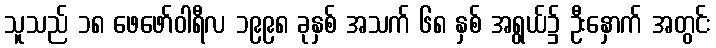
သူသည် ၁၈ ဖေဖော်ဝါရီလ ၁၉၉၈ ခုနှစ် အသက် ၆၈ နှစ် အရွယ်၌ ဦးနှောက် အတွင်း